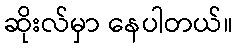
ဆိုးလ်မှာ နေပါတယ်။